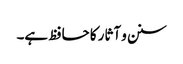
سنن و آثار کا حافظ ہے۔